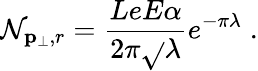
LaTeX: \mathcal{N}_{{\mathbf{p}}_{\perp},r}=\frac{{LeE\alpha}}{{2\pi\sqrt{}{{\lambda}}}}e^{-\pi\lambda}\; .